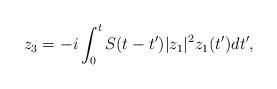
LaTeX: \begin{align*} z_3 = -i \int_0^t S(t - t') |z_1|^2 z_1(t') dt',\end{align*}